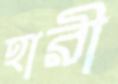
হারী